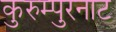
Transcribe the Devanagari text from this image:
कुरुम्पुरनाट